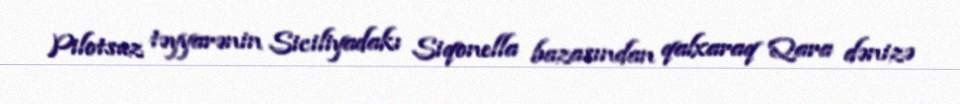
Pilotsuz təyyarənin Siciliyadakı Siqonella bazasından qalxaraq Qara dənizə